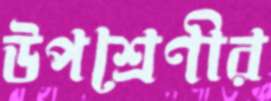
উপশ্রেণীর